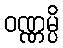
ဝဏ္ဏမ္ပိ